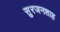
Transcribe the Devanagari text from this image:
सुरजनशाह